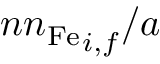
{ { n n _ { \mathrm { F e } } } _ { i , f } } / a